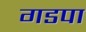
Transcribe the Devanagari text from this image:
गडपा